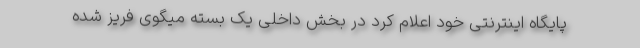
پایگاه اینترنتی خود اعلام کرد در بخش داخلی یک بسته میگوی فریز شده